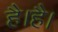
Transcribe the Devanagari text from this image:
है।है।